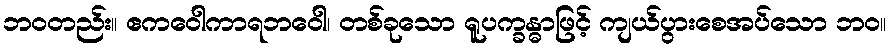
ဘဝတည်း။ ဧကဝေါကာရဘဝေါ၊ တစ်ခုသော ရူပက္ခန္ဓာဖြင့် ကျယ်ပွားစေအပ်သော ဘဝ။